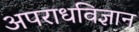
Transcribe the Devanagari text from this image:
अपराधविज्ञान